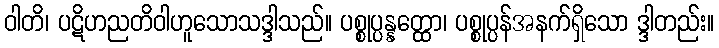
ဝါတိ၊ ပဋိဟညတိဝါဟူသောသဒ္ဒါသည်။ ပစ္စုပ္ပန္နတ္ထော၊ ပစ္စုပ္ပန်အနက်ရှိသော ဒ္ဒါတည်း။